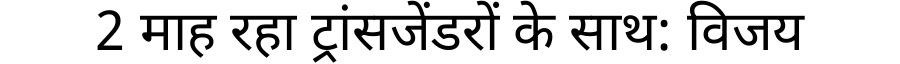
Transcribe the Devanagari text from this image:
2 माह रहा ट्रांसजेंडरों के साथ: विजय